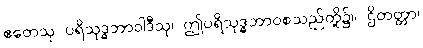
ဧတေသု ပရိသုဒ္ဓဘာဝါဒီသု၊ ဤပရိသုဒ္ဓဘာဝစသည်တို့၌။ ဌိတတ္တာ၊